Scientific memoirs by medical officers of the Army of India - Part IV,
Year: 1889
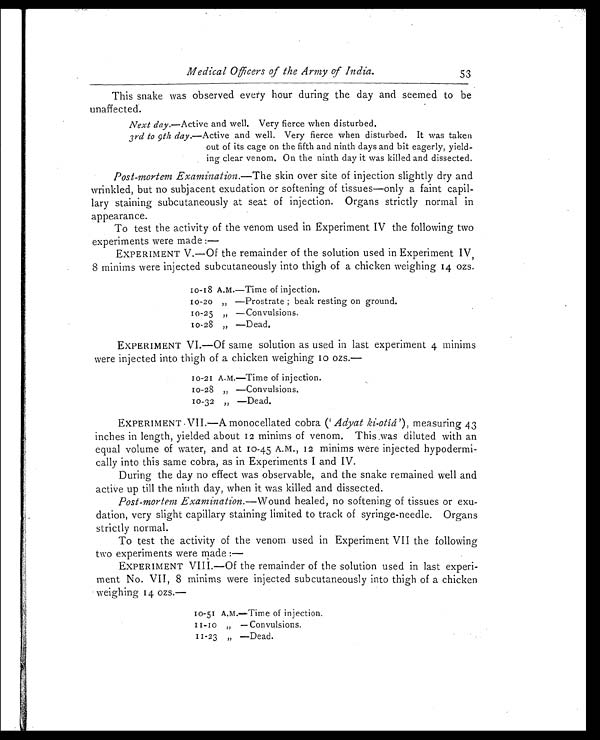
Medical Officers of the Army of India.
53
This snake was observed every hour during the day and seemed to be
unaffected.
Next day. —Active and well. Very fierce when disturbed.
3 r d
t o 9
t h
d a y .
— A c t i v e a n d w e l l . V e r y f i e r c e w h e n d i s t u r b e d . I t w a s t a k e n
out of its cage on the fifth and ninth days and bit eagerly, yield
- i n g c l e a r v e n o m . O n t h e n i n t h d a y i t w a s k i l l e d a n d d i s s e c t e d .
Post-mortem Examination. —The skin over site of injection slightly dry and
wrinkled, but no subjacent exudation or softening of tissues—only a faint capil
-lary staining subcutaneously at seat of injection. Organs strictly normal in
appearance.
To test the activity of the venom used in Experiment IV the following two
experiments were made:
—
EXPERIMENT V.—Of the remainder of the solution used in Experiment IV,
8 minims were injected subcutaneously into thigh of a chicken weighing 14 ozs.
1 0 - 1 8 A . M . — T i m e o f i n j e c t i o n .
10-20 „ —Prostrate; beak resting on ground.
10-25 „ —Convulsions.
10-28 „ —Dead.
EXPERIMENT VI.—Of same solution as used in last experiment 4 minims
were injected into thigh of a chicken weighing 10 ozs.—
1 0 - 2 1 A . M . — T i m e o f i n j e c t i o n .
10-28 „ —Convulsions.
10-32 „ —Dead.
EXPERIMENT VII.—A monocellated cobra (' Adyat ki-otíá ') , measuring 43
inches in length, yielded about 12 minims of venom. This was diluted with an
equal volume of water, and at 10-45 A.M., 12 minims were injected hypodermi
-cally into this same cobra, as in Experiments I and IV.
During the day no effect was observable, and the snake remained well and
active up till the ninth day, when it was killed and dissected.
Post-mortem Examination. —Wound healed, no softening of tissues or exu
-dation, very slight capillary staining limited to track of syringe-needle. Organs
strictly normal.
To test the activity of the venom used in Experiment VII the following
two experiments were made:
—
EXPERIMENT VIII.—Of the remainder of the solution used in last experi
-ment No. VII, 8 minims were injected subcutaneously into thigh of a chicken
weighing 14 ozs.—
10-51 A.M.—Time of injection.
1 1 - 1 0 „ — C o n v u l s i o n s .
11-23 „ —Dead.